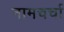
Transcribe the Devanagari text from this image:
नामचर्चा